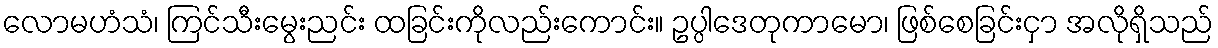
လောမဟံသံ၊ ကြင်သီးမွေးညင်း ထခြင်းကိုလည်းကောင်း။ ဥပ္ပါဒေတုကာမော၊ ဖြစ်စေခြင်းငှာ အလိုရှိသည်